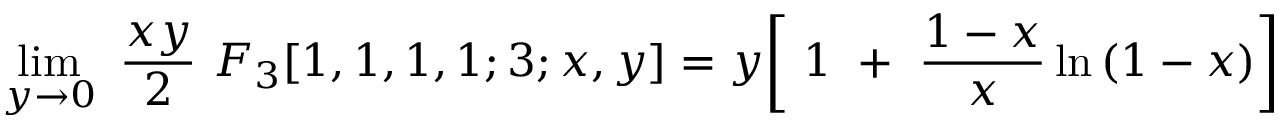
\operatorname * { l i m } _ { y { \rightarrow } 0 } \ \frac { x y } { 2 } \ F _ { 3 } [ 1 , 1 , 1 , 1 ; 3 ; x , y ] = y \biggl [ \ 1 \ + \ \frac { 1 - x } { x } \ln { ( 1 - x ) } \biggr ]